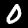
Label: 0